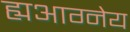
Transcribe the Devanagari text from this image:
ह्यआग्नेय